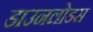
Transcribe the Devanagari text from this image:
डाउनलोडस